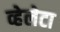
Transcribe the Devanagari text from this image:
व्हेलेटा